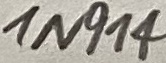
Text: 1N914